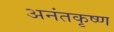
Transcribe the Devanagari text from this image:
अनंतकृष्ण